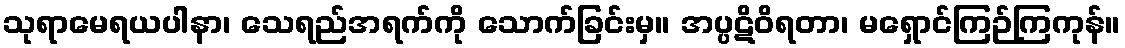
သုရာမေရယပါနာ၊ သေရည်အရက်ကို သောက်ခြင်းမှ။ အပ္ပဋိဝိရတာ၊ မရှောင်ကြဉ်ကြကုန်။